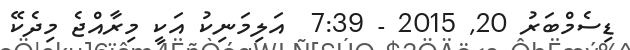
ޑިސެމްބަރު 20